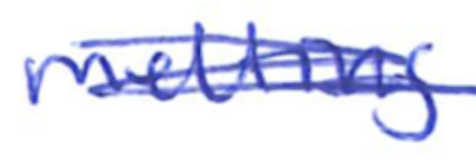
Text: melting
Cross-out: scratch
Writing tool: ballpoint